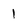
Character: 1